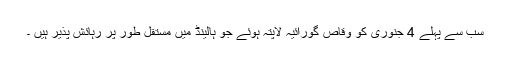
سب سے پہلے 4 جنوری کو وقاص گورائیہ لاپتہ ہوئے جو ہالینڈ میں مستقل طور پر رہائش پذیر ہیں ۔